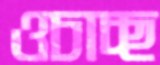
ওচাচ্ছ